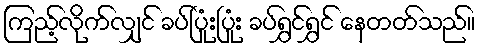
ကြည့်လိုက်လျှင် ခပ်ပြုံးပြုံး ခပ်ရွှင်ရွှင် နေတတ်သည်။